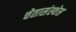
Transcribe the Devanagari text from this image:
चेतासंस्थेस